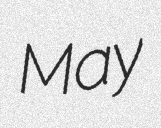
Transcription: May